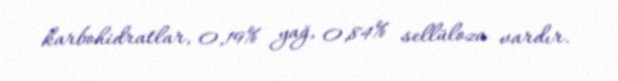
karbohidratlar, 0,19% yağ, 0,84% sellüloza vardır.